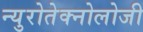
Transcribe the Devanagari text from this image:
न्युरोतेक्नोलोजी